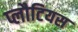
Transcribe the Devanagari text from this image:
प्लौटियस